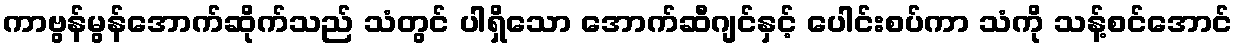
ကာဗွန်မွန်အောက်ဆိုက်သည် သံတွင် ပါရှိသော အောက်ဆီဂျင်နှင့် ပေါင်းစပ်ကာ သံကို သန့်စင်အောင်